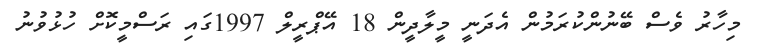
މިހާރު ވެސް ބޭނުންކުރަމުން އެދަނީ މީލާދީން 18 އޭޕްރީލް 1997ގައި ރަސްމީކޮށް ހުޅުވުނު